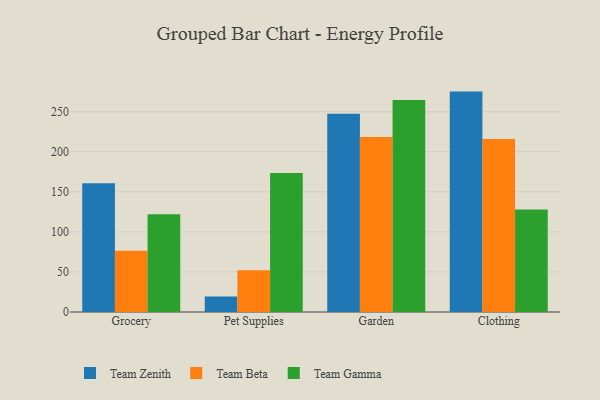
{"axis": {"x": "Category", "y": "Headcount"}, "legend": ["Team Beta", "Team Gamma", "Team Zenith"], "data": [{"x": "Grocery", "y": 160.7, "type": "Team Zenith"}, {"x": "Grocery", "y": 76.4, "type": "Team Beta"}, {"x": "Grocery", "y": 121.9, "type": "Team Gamma"}, {"x": "Pet Supplies", "y": 19.2, "type": "Team Zenith"}, {"x": "Pet Supplies", "y": 52.1, "type": "Team Beta"}, {"x": "Pet Supplies", "y": 173.4, "type": "Team Gamma"}, {"x": "Garden", "y": 247.4, "type": "Team Zenith"}, {"x": "Garden", "y": 218.3, "type": "Team Beta"}, {"x": "Garden", "y": 264.7, "type": "Team Gamma"}, {"x": "Clothing", "y": 275.1, "type": "Team Zenith"}, {"x": "Clothing", "y": 215.8, "type": "Team Beta"}, {"x": "Clothing", "y": 128.0, "type": "Team Gamma"}]}